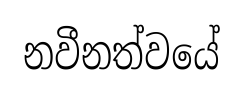
නවීනත්වයේ